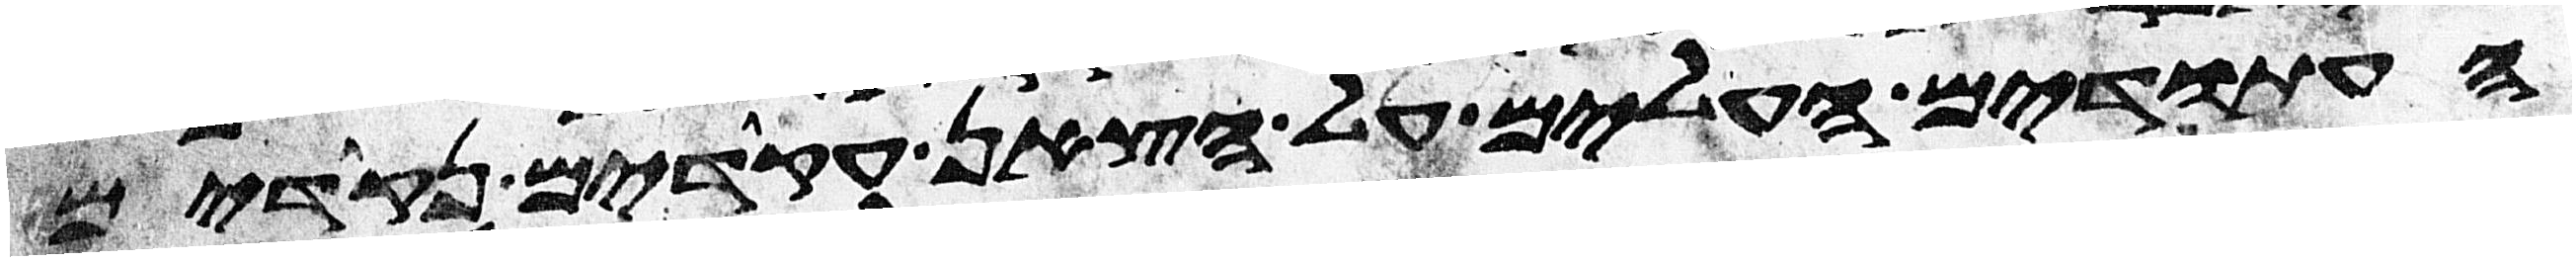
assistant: העתודים העלים על הצאן עקודים נקודים